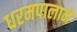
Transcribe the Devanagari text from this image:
धरमपालाने